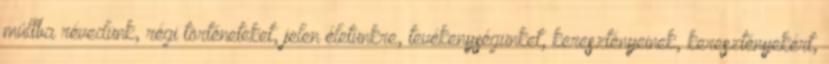
múltba révedünk, régi történeteket, jelen életünkre, tevékenységünket, keresztényeinek, keresztényekért,